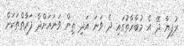
ރުފިޔާ ދޭ އެ މުބާރާތުގައި ދެ ވަނަ އަދި ތިން ވަނައަށްދާ ފަރާތްތަކަށް